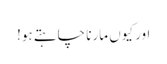
اور کیوں مارنا چاہتے ہو!